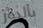
بالدور